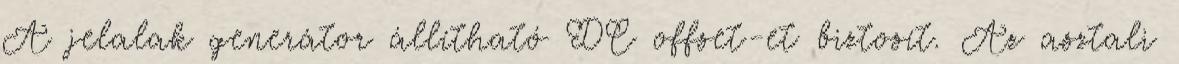
A jelalak generátor állítható DC offset-et biztosít. Az asztali